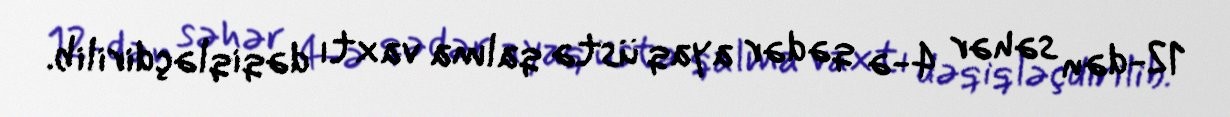
12-dən səhər 4-ə qədər ayaq üstə qalma vaxtı dəqiqləçdirilib.